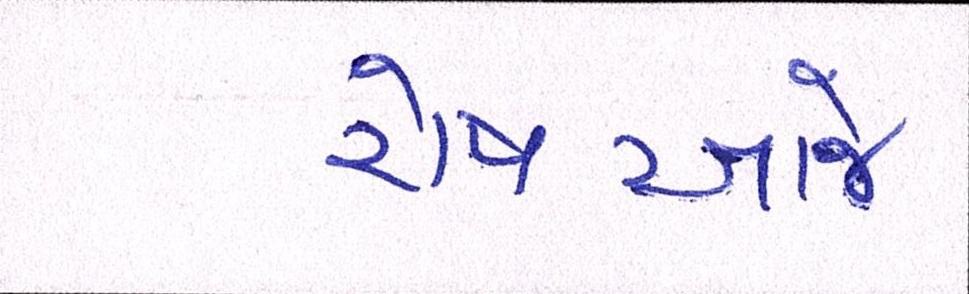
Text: રોષઆજે